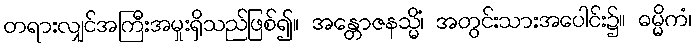
တရားလျှင်အကြီးအမှုးရှိသည်ဖြစ်၍။ အန္တောဇနသ္မိံ၊ အတွင်းသားအပေါင်း၌။ ဓမ္မိကံ၊